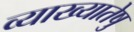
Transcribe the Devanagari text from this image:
व्याख्यातेषु